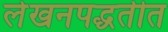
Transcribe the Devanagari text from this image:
लेखनपद्धतीत